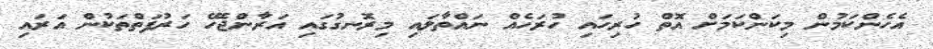
އެހެންކަމުން މިކަންކަމަށް އޮތް ހުރިހައި ހުރަހެއް ނައްތާލައި މިރޮނގުގައި އަރާންޖެހޭ ހަރުފަތްތަކުން އަރައި